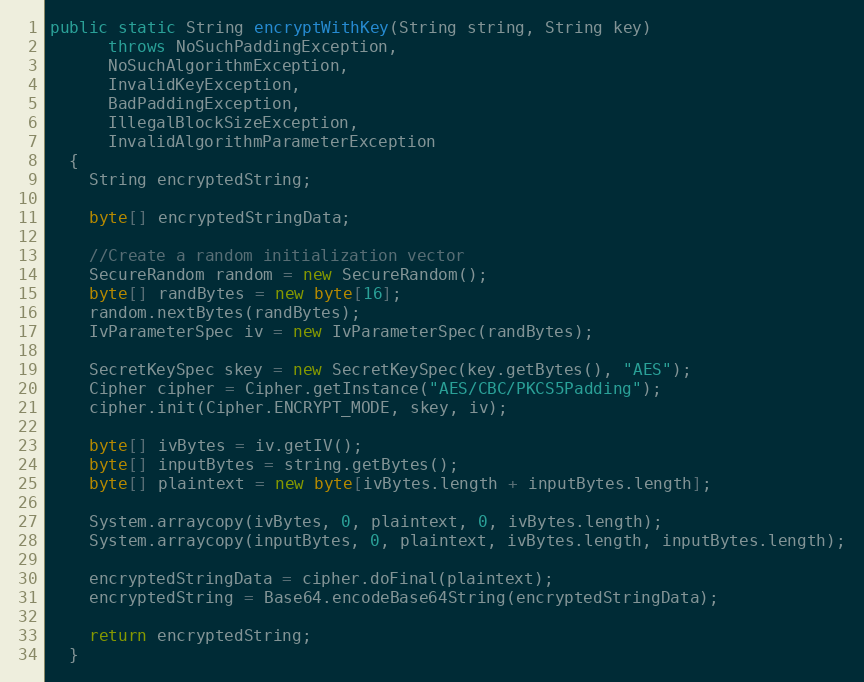
Language: Java
public static String encryptWithKey(String string, String key)
      throws NoSuchPaddingException,
      NoSuchAlgorithmException,
      InvalidKeyException,
      BadPaddingException,
      IllegalBlockSizeException,
      InvalidAlgorithmParameterException
  {
    String encryptedString;

    byte[] encryptedStringData;

    //Create a random initialization vector
    SecureRandom random = new SecureRandom();
    byte[] randBytes = new byte[16];
    random.nextBytes(randBytes);
    IvParameterSpec iv = new IvParameterSpec(randBytes);

    SecretKeySpec skey = new SecretKeySpec(key.getBytes(), "AES");
    Cipher cipher = Cipher.getInstance("AES/CBC/PKCS5Padding");
    cipher.init(Cipher.ENCRYPT_MODE, skey, iv);

    byte[] ivBytes = iv.getIV();
    byte[] inputBytes = string.getBytes();
    byte[] plaintext = new byte[ivBytes.length + inputBytes.length];

    System.arraycopy(ivBytes, 0, plaintext, 0, ivBytes.length);
    System.arraycopy(inputBytes, 0, plaintext, ivBytes.length, inputBytes.length);

    encryptedStringData = cipher.doFinal(plaintext);
    encryptedString = Base64.encodeBase64String(encryptedStringData);

    return encryptedString;
  }